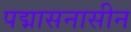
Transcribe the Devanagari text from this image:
पद्मासनासीन